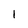
Character: 1